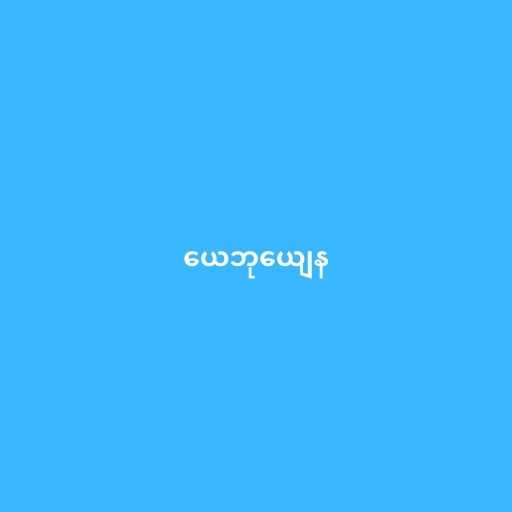
ယေဘုယျေန